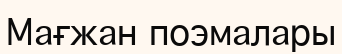
Мағжан поэмалары